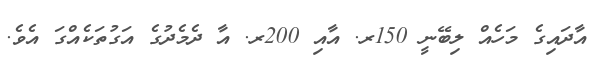
އާދައިގެ މަހެއް ލިބޭނީ 150ރ. އާއި 200ރ. އާ ދެމެދުގެ އަގުތަކެއްގަ އެވެ.